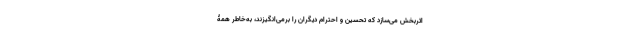
اثربخش می‌سازد که تحسین و احترام دیگران را برمی‌انگیزند، به‌خاطر همۀ